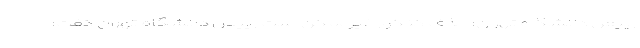
رییس دانشگاه تهران: حذف کنکور غیرممکن است رییس دانشگاه تهران گفت: